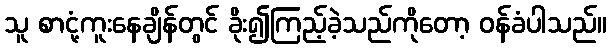
သူ စာငုံ့ကူးနေချိန်တွင် ခိုး၍ကြည့်ခဲ့သည်ကိုတော့ ဝန်ခံပါသည်။